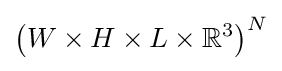
\left(W\times H\times L\times \mathbb {R} ^{3}\right)^{N}